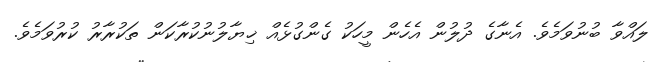
ލައްވާ ބުނުވަމެވެ. އެނާގެ ދުލުން އެހެން މީހަކު ގެންގުޅެއް ޚިޔާލުނުކުރާކަން ތަކުރާރު ކުރުވަމެވެ.